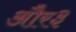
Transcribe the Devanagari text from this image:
और३